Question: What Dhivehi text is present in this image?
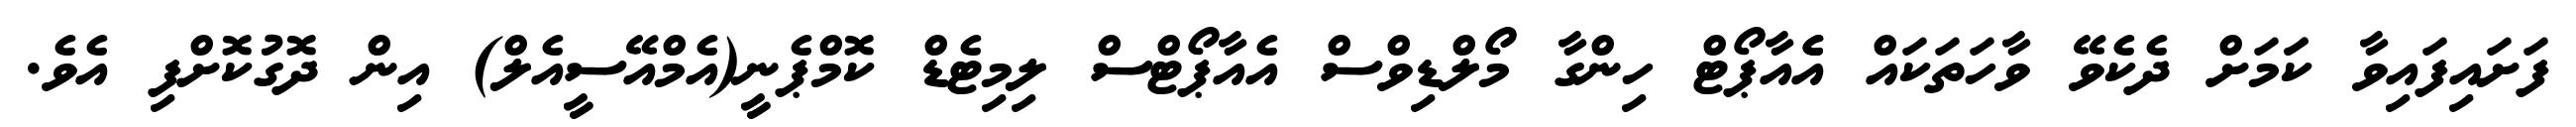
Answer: ފަށައިފައިވާ ކަަމަށް ދެކެވޭ ވާހަތަކައް އެެއާޕޯޓް ހިންގާ މޯލްޑިވްސް އެއާޕޯޓްސް ލިމިޓެޑް ކޮމްޕެނީ(އެމްއޭސީއެލް) އިން ދޮގުކޮށްފި އެވެ.